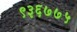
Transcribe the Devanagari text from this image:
९३६७७५